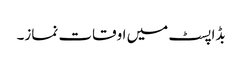
بڈاپسٹ میں اوقات نماز۔